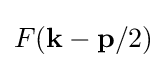
F(\mathbf {k} -\mathbf {p} /2)